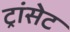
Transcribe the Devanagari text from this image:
ट्रांसेट